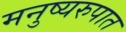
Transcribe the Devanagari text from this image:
मनुष्यरुपात